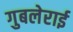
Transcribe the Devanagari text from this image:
गुबलेराई